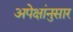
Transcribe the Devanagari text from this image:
अपेक्षांनुसार